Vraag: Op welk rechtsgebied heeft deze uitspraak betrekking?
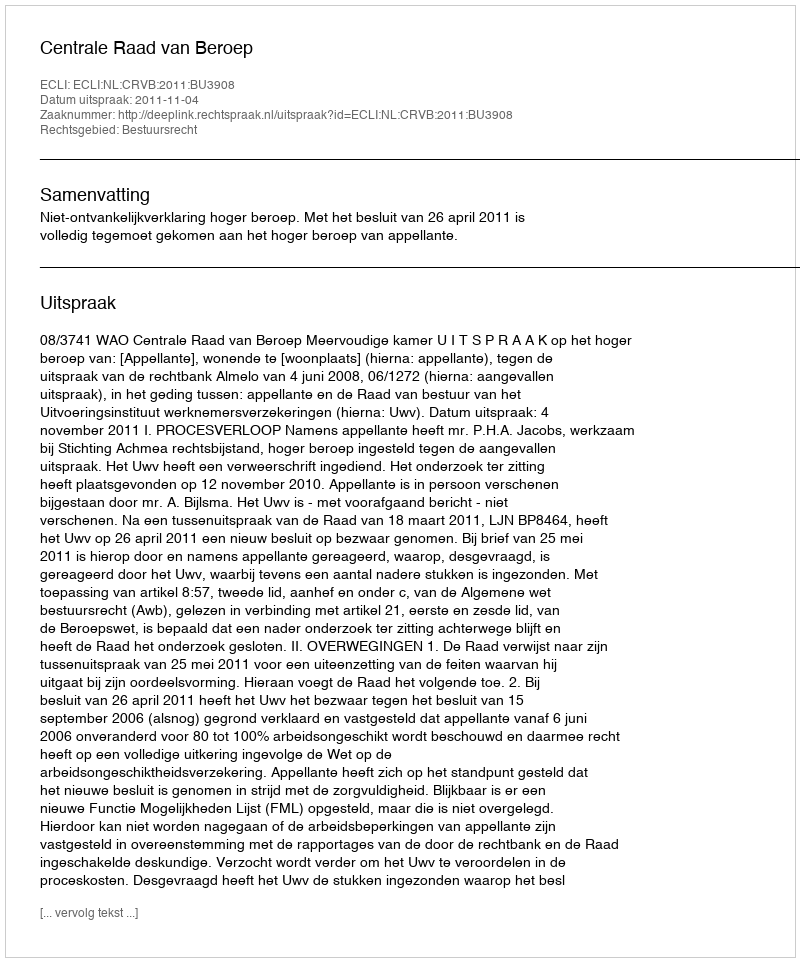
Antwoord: Bestuursrecht